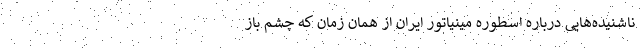
ناشنیده‌هایی درباره اسطوره مینیاتور ایران از همان زمان که چشم باز